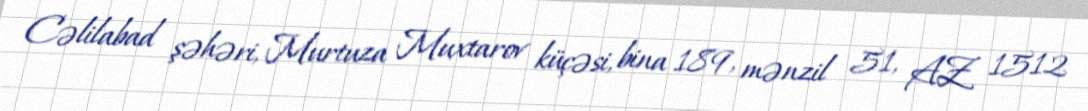
Cəlilabad şəhəri, Murtuza Muxtarov küçəsi, bina 189, mənzil 51, AZ 1512